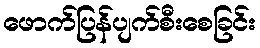
ဖောက်ပြန်ပျက်စီးစေခြင်း